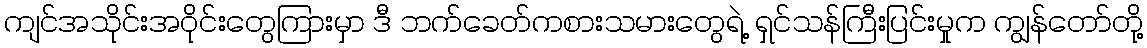
ကျင်အသိုင်းအဝိုင်းတွေကြားမှာ ဒီ ဘက်ခေတ်ကစားသမားတွေရဲ့ ရှင်သန်ကြီးပြင်းမှုက ကျွန်တော်တို့